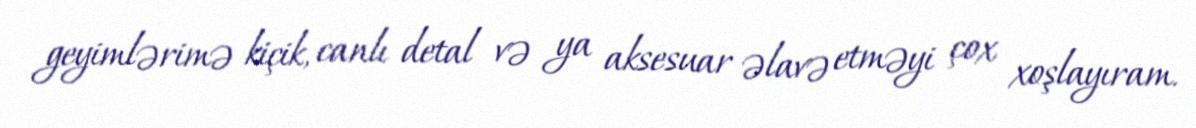
geyimlərimə kiçik, canlı detal və ya aksesuar əlavə etməyi çox xoşlayıram.